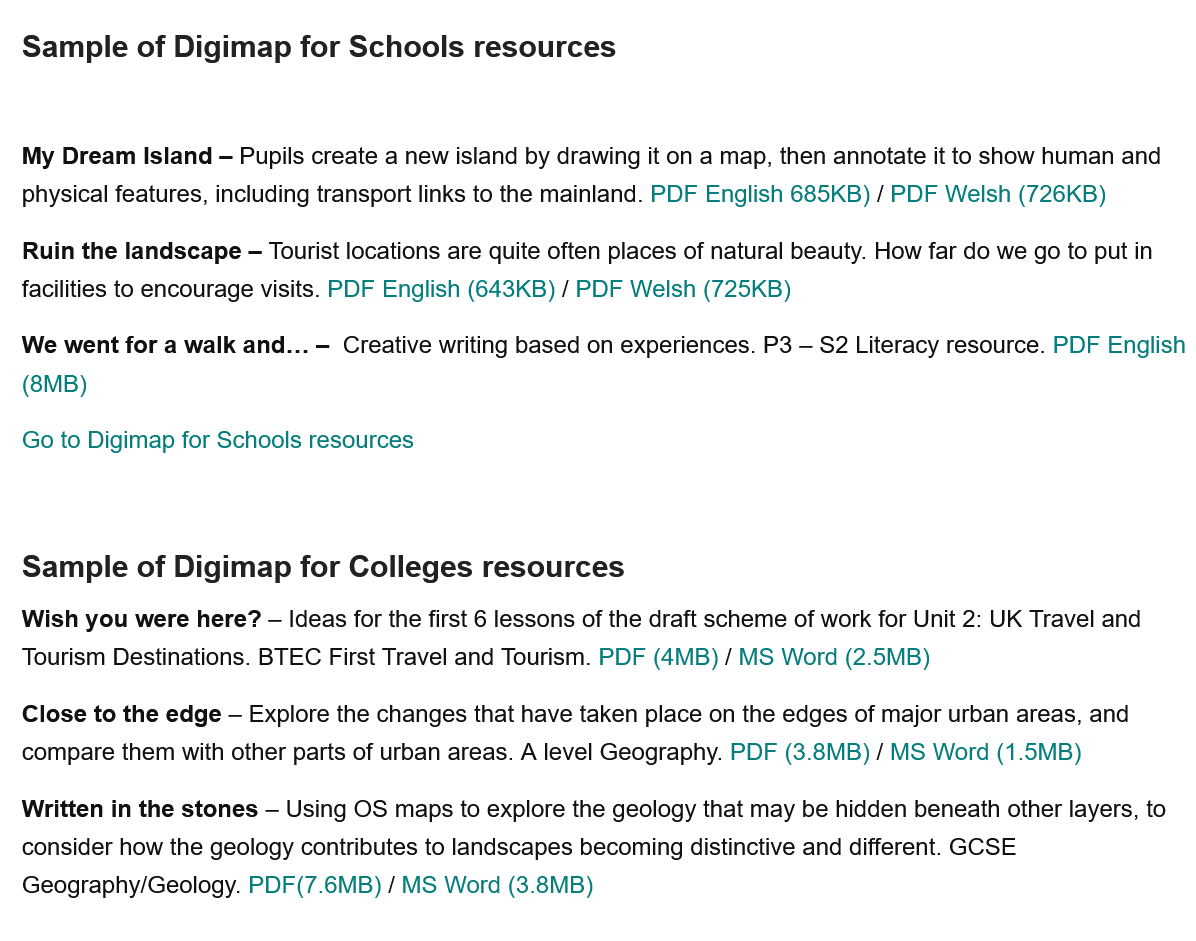
Sample   of Digimap   for Schools   resources
  Sample   of Digimap   for Colleges   resources
  My  Dream Island
     — Pupils create a new island by drawing it on a map, then annotate it to show human and
  physical features, including transport links to the mainland. PDF English 685KB) / PDF Welsh (726KB)
  Ruin the landscape —
     Tourist locations are quite often places of natural beauty. How far do we go to put in
  facilities to encourage visits. PDF English (643KB) / PDF Welsh (725KB)
  We went for a walk and...
     —
     Creative writing based on experiences. P3
     —
     S2 Literacy resource. PDF English
  (8MB)
  Go to Digimap for Schools resources
  Wish you were here?
     —
     Ideas for the first 6 lessons of the draft scheme of work for Unit 2: UK Travel and
  Tourism Destinations. BTEC First Travel and Tourism. PDF (4B) / MS Word (2.5MB)
  Close to the edge — Explore the changes that have taken place on the edges of major urban areas, and
  compare them with other parts of urban areas. A level Geography. PDF (3.8MB) / MS Word (1.5MB)
  Written in the stones
     — Using OS maps to explore the geology that may be hidden beneath other layers, to
  consider how the geology contributes to landscapes becoming distinctive and different. GCSE
  Geography/Geology. PDF(7.6MB) / MS Word (3.8MB)